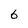
Character: 6